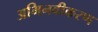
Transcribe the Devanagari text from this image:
अभिनवीकरण